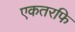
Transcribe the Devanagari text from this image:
एकतरफि